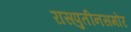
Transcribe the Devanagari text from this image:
रासपुतीनसमोर